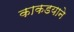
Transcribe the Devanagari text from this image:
काकडयाने